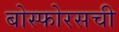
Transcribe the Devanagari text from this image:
बोस्फोरसची